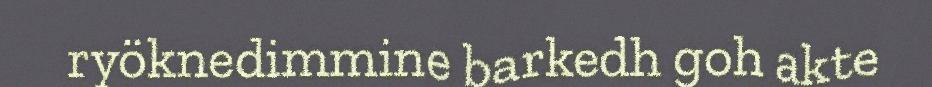
ryöknedimmine barkedh goh akte